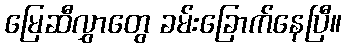
မြေဆီလွှာတွေ ခမ်းခြောက်နေပြီ။